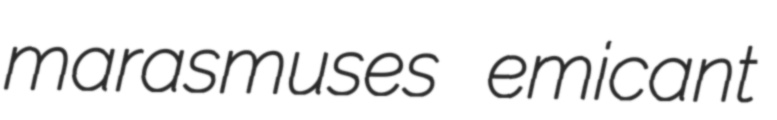
marasmuses emicant